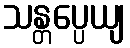
သန္တပ္ပေယျ